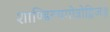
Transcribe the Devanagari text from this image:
शाण्डिल्यगोत्रोद्विजः॥